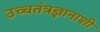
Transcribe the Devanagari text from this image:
उच्चतंत्रज्ञानाशी